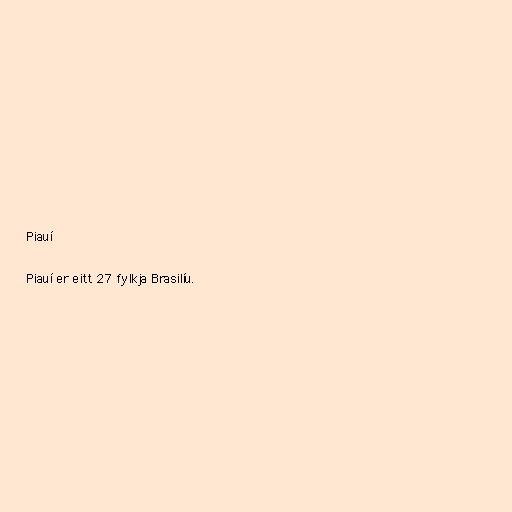
Piauí

Piauí er eitt 27 fylkja Brasilíu.